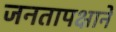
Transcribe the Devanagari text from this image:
जनतापक्षाने